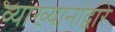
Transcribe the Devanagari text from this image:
व्याख्यानांद्वारे